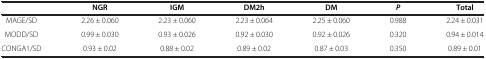
<table><thead><tr><td><b> </b></td><td><b>NGR</b></td><td><b>IGM</b></td><td><b>DM2h</b></td><td><b>DM</b></td><td><b><i>P</i></b></td><td><b>Total</b></td></tr></thead><tbody><tr><td>MAGE/SD</td><td>2.26 ± 0.060</td><td>2.23 ± 0.060</td><td>2.23 ± 0.064</td><td>2.25 ± 0.060</td><td>0.988</td><td>2.24 ± 0.031</td></tr><tr><td>MODD/SD</td><td>0.99 ± 0.030</td><td>0.93 ± 0.026</td><td>0.92 ± 0.030</td><td>0.92 ± 0.026</td><td>0.320</td><td>0.94 ± 0.014</td></tr><tr><td>CONGA1/SD</td><td>0.93 ± 0.02</td><td>0.88 ± 0.02</td><td>0.89 ± 0.02</td><td>0.87 ± 0.03</td><td>0.350</td><td>0.89 ± 0.01</td></tr></tbody></table>